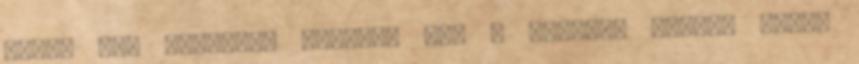
edény itt elérhető Nagyobb kép 6 literes tároló doboz